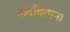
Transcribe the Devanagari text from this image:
नोंदविताना